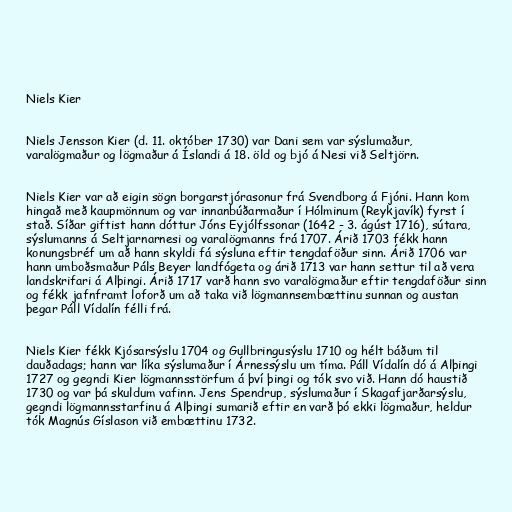
Niels Kier

Niels Jensson Kier (d. 11. október 1730) var Dani sem var sýslumaður,
varalögmaður og lögmaður á Íslandi á 18. öld og bjó á Nesi við Seltjörn.

Niels Kier var að eigin sögn borgarstjórasonur frá Svendborg á Fjóni. Hann kom
hingað með kaupmönnum og var innanbúðarmaður í Hólminum (Reykjavík) fyrst í
stað. Síðar giftist hann dóttur Jóns Eyjólfssonar (1642 - 3. ágúst 1716), sútara,
sýslumanns á Seltjarnarnesi og varalögmanns frá 1707. Árið 1703 fékk hann
konungsbréf um að hann skyldi fá sýsluna eftir tengdaföður sinn. Árið 1706 var
hann umboðsmaður Páls Beyer landfógeta og árið 1713 var hann settur til að vera
landskrifari á Alþingi. Árið 1717 varð hann svo varalögmaður eftir tengdaföður sinn
og fékk jafnframt loforð um að taka við lögmannsembættinu sunnan og austan
þegar Páll Vídalín félli frá.

Niels Kier fékk Kjósarsýslu 1704 og Gullbringusýslu 1710 og hélt báðum til
dauðadags; hann var líka sýslumaður í Árnessýslu um tíma. Páll Vídalín dó á Alþingi
1727 og gegndi Kier lögmannsstörfum á því þingi og tók svo við. Hann dó haustið
1730 og var þá skuldum vafinn. Jens Spendrup, sýslumaður í Skagafjarðarsýslu,
gegndi lögmannsstarfinu á Alþingi sumarið eftir en varð þó ekki lögmaður, heldur
tók Magnús Gíslason við embættinu 1732.